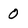
Character: 0